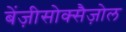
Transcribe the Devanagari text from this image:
बेंज़ीसोक्सैज़ोल